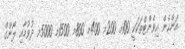
އަންހެން އިވެންޓްތަކަކީ 100މ 200މ 400މ 800މ 1500މ 5000މ ދުވުމާއި ލޯންގް